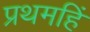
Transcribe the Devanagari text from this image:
प्रथमहिं